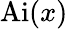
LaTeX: \operatorname{Ai}(x)